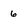
Character: 6